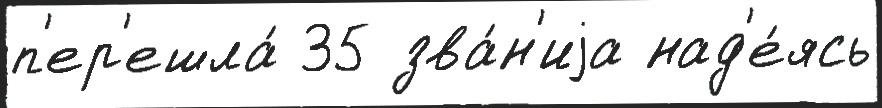
п'ер'ешла́ 35 зва́н'иjа над'е́ясь